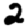
Digit: 2